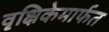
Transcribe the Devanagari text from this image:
वृक्षिकेमार्फत